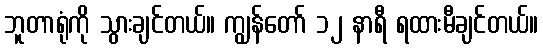
ဘူတာရုံကို သွားချင်တယ်။ ကျွန်တော် ၁၂ နာရီ ရထားမီချင်တယ်။